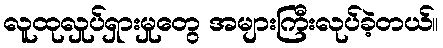
လူထုလှုပ်ရှားမှုတွေ အများကြီးလုပ်ခဲ့တယ်။